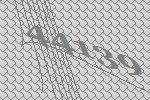
44139